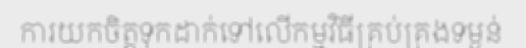
ការយកចិត្តទុកដាក់ទៅលើកម្មវិធីគ្រប់គ្រងទម្ងន់